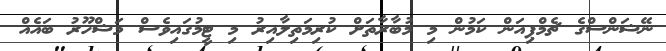
ނޭޝަންސްގެ ޗެމްޕިއަން ކަމުން މި މުބާރާތަށް ކުރިމަތިލާއިރު މި ޓީމުގައިވެސް މަޝްހޫރު ބައެއް